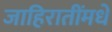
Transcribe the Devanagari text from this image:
जाहिरातींमधे